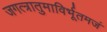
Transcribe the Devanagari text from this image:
जगत्त्रातुमाविर्भूतमजं